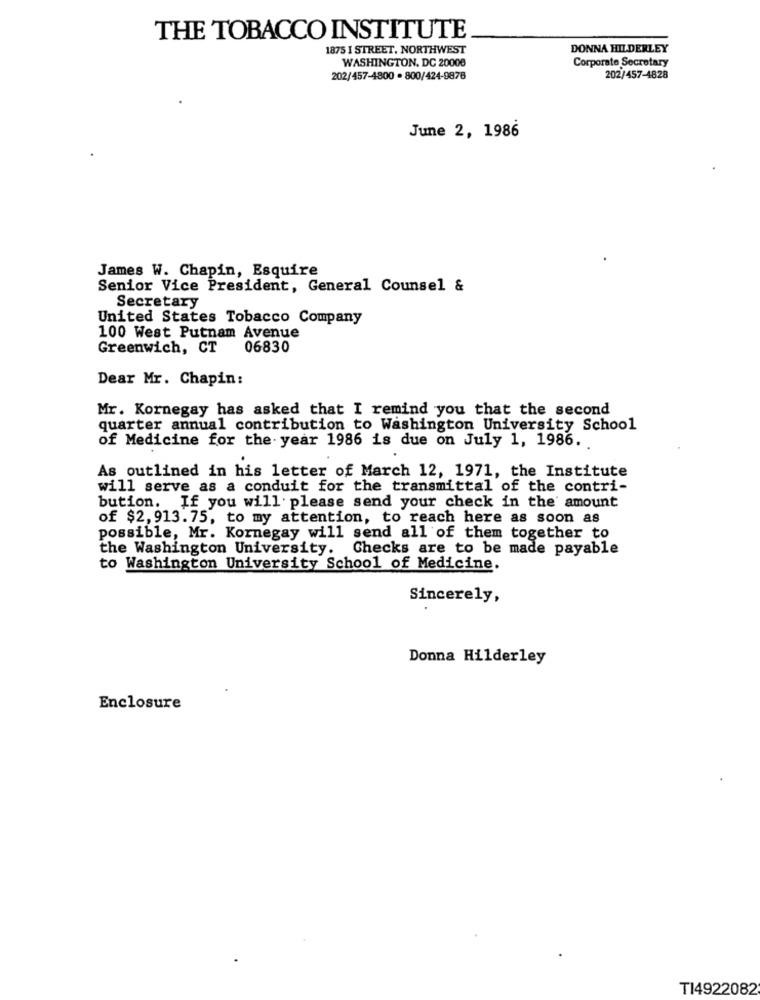
THE TOBACCO INSTITUTE
1875 I STREET, NORTHWEST
DONNA HILDERLEY
WASHINGTON, DC 20008
Corporate Secretary
202/457-4800 · 800/424-9876
202/457-4828
June 2, 1986
James W. Chapin, Esquire
Senior Vice President, General Counsel &
Secretary
United States Tobacco Company
100 West Putnam Avenue
Greenwich, CT
06830
Dear Mr. Chapin:
Mr. Kornegay has asked that I remind you that the second
quarter annual contribution to Washington University School
of Medicine for the year 1986 is due on July 1, 1986.
As outlined in his letter of March 12, 1971, the Institute
will serve as a conduit for the transmittal of the contri-
bution. If you will please send your check in the' amount
of $2,913.75, to my attention, to reach here as soon as
possible, Mr. Kornegay will send all of them together to
the Washington University. Checks are to be made payable
to Washington University School of Medicine.
Sincerely,
Donna Hilderley
Enclosure
TI4922082